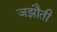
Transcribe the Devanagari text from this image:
जझौती